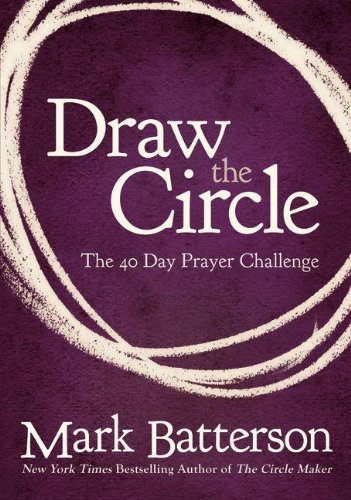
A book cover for Draw the Circle: The 40 Day Prayer Challenge; Mark Batterson; Christian Books & Bibles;